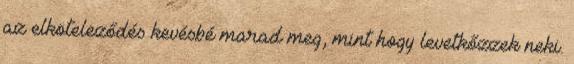
az elköteleződés kevésbé marad meg, mint hogy levetkőzzek neki.